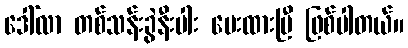
ဒေါ်လာ တစ်သန်းခွဲနီးပါး ပေးထားပြီ ဖြစ်ပါတယ်။